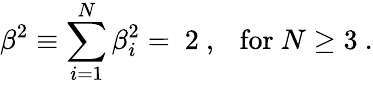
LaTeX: \beta^{2}\equiv\sum_{i=1}^{N}{\beta}_{i}^{2}=\ 2\ ,~~~\mathrm{for}\ N\ge 3\ .